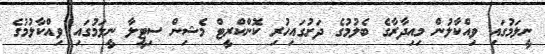
ނީލަމުގައި ވިއްކާލުން މިއިދާރާގެ ބެލުމުގެ ދަށުގައިހުރި ކޮންކްރީޓް މެޝިން ސިޓީލާ ނީލަމުގައި ވިއްކާލުމުގެ